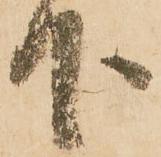
下